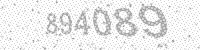
Solution: 894089